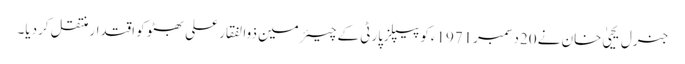
جنرل یحییٰ خان نے 20دسمبر1971ءکو پیپلزپارٹی کے چیئرمین ذوالفقار علی بھٹو کو اقتدار منتقل کردیا۔